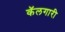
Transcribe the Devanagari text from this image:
कॅलगारी